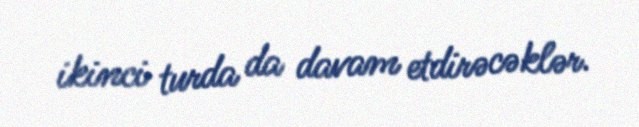
ikinci turda da davam etdirəcəklər.